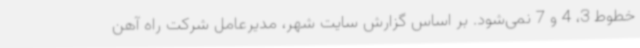
خطوط 3، 4 و 7 نمی‌شود. بر اساس گزارش سایت شهر، مدیرعامل شرکت راه آهن